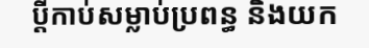
ប្តីកាប់សម្លាប់ប្រពន្ធ និងយក